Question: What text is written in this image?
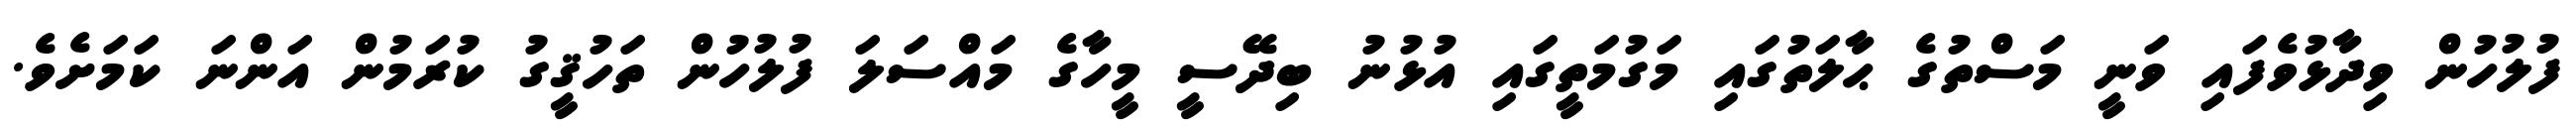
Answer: ފުލުހުން ވިދާޅުވެފައި ވަނީ މަސްތުގެ ޙާލަތުގައި މަގުމަތީގައި އުޅުނު ބިދޭސީ މީހާގެ މައްސަލަ ފުލުހުން ތަހުޤީގު ކުރަމުން އަންނަ ކަމަށެވެ.